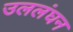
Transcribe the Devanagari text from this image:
उललंघन